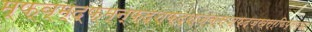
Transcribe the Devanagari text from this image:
म्फ्व्म्द्फ्म्न्फ्द्श्फ्द्श्ज्क्स्ज्फ्द्ज्ख्स्र्फिप्स्व्झ्र्